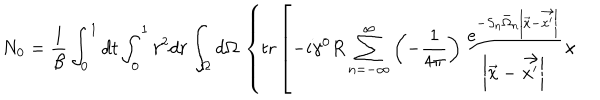
N _ { 0 } = \frac 1 { \beta } \int _ { 0 } ^ { 1 } d t \int _ { 0 } ^ { 1 } r ^ { 2 } d r \int _ { \Omega } d \Omega \, \left\{ \mathrm { t r } \left[ - i \gamma ^ { 0 } R \sum _ { n = - \infty } ^ { \infty } \left( - \frac 1 { 4 \pi } \right) \frac { e ^ { - S _ { n } \bar { \Omega } _ { n } \left| \vec { x } - \vec { x ^ { \prime } } \right| } } { \left| \vec { x } - \vec { x ^ { \prime } } \right| } \times \right. \right.